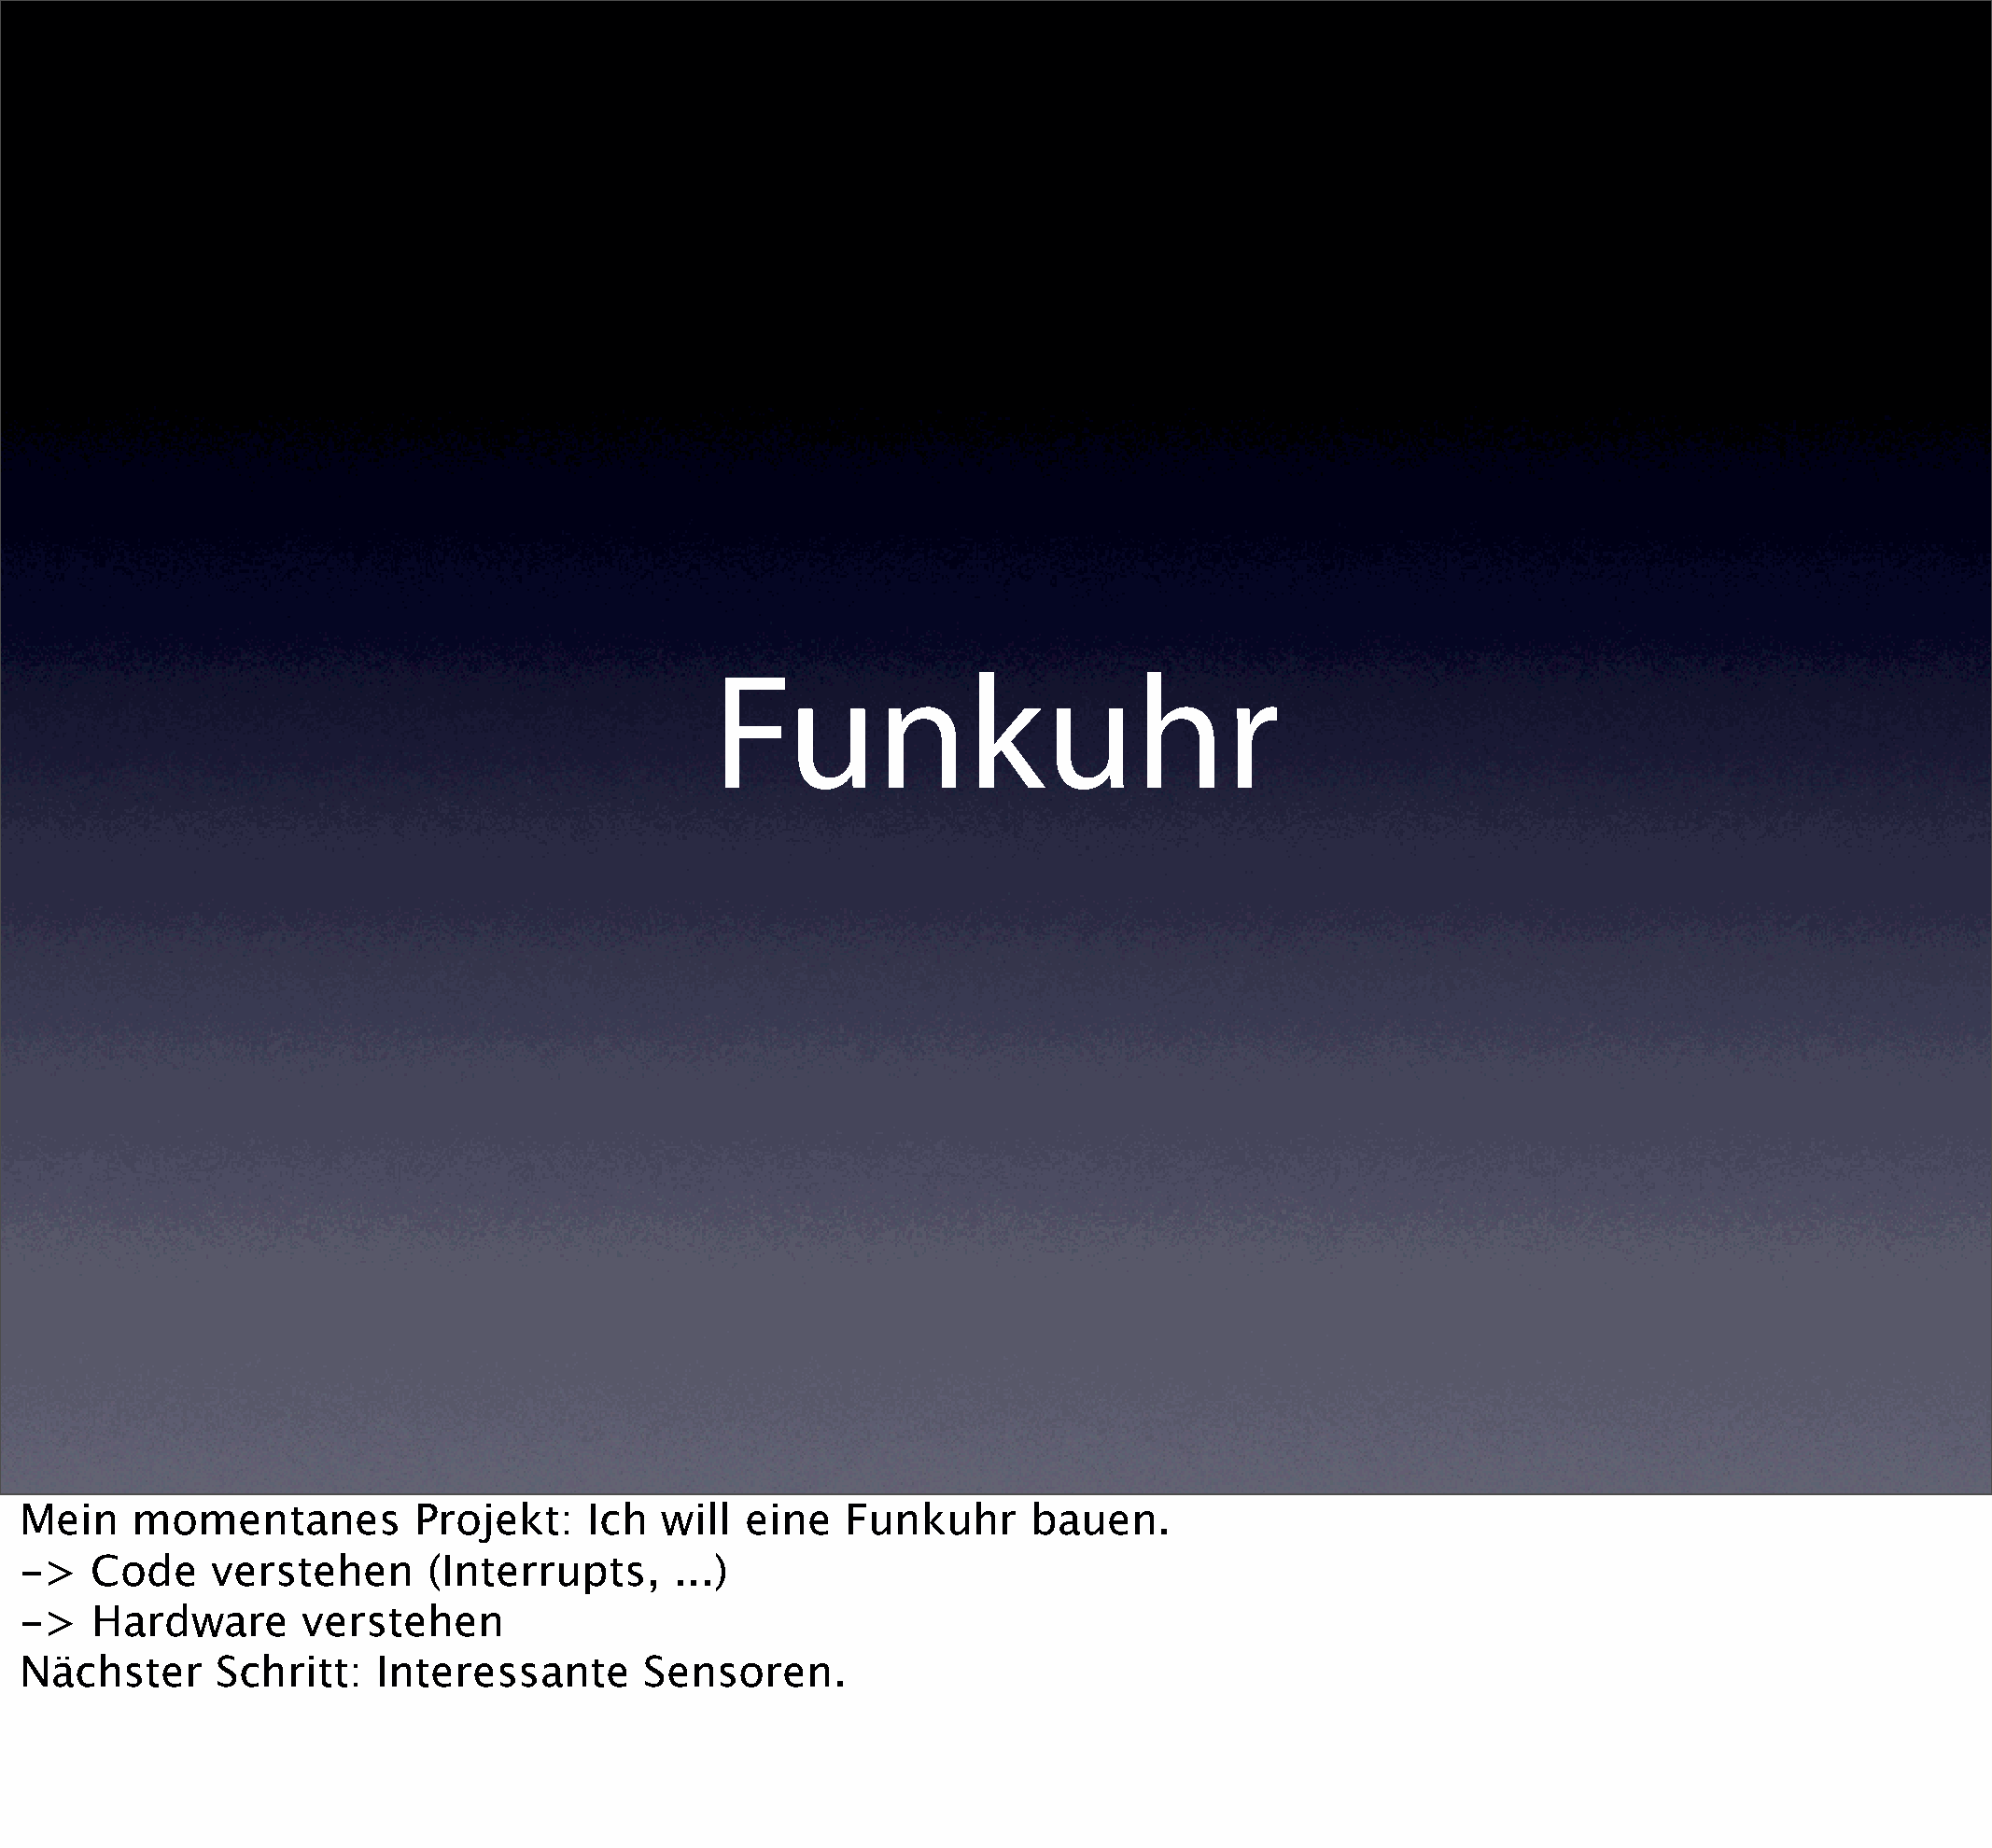
Funkuhr
 Mein    momentanes          Projekt:     Ich  will  eine   Funkuhr      bauen.
 ->    Code    verstehen      (Interrupts,      ...)
 ->    Hardware      verstehen
 Nächster      Schritt:    Interessante       Sensoren.